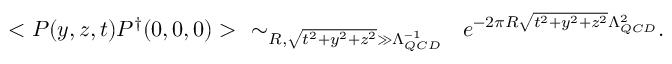
< { \cal P } ( y , z , t ) { \cal P } ^ { \dag } ( 0 , 0 , 0 ) > ~ ~ \sim _ { R , \sqrt { t ^ { 2 } + y ^ { 2 } + z ^ { 2 } } \gg \Lambda _ { Q C D } ^ { - 1 } } ~ ~ e ^ { - 2 \pi R \sqrt { t ^ { 2 } + y ^ { 2 } + z ^ { 2 } } \Lambda _ { Q C D } ^ { 2 } } .